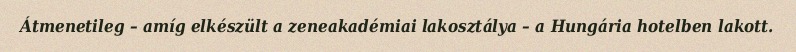
Átmenetileg – amíg elkészült a zeneakadémiai lakosztálya – a Hungária hotelben lakott.